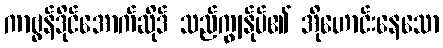
ကာဗွန်ဒိုင်အောက်ဆိုဒ် သည်ကျွန်ုပ်၏ အိုဟောင်းနေသော